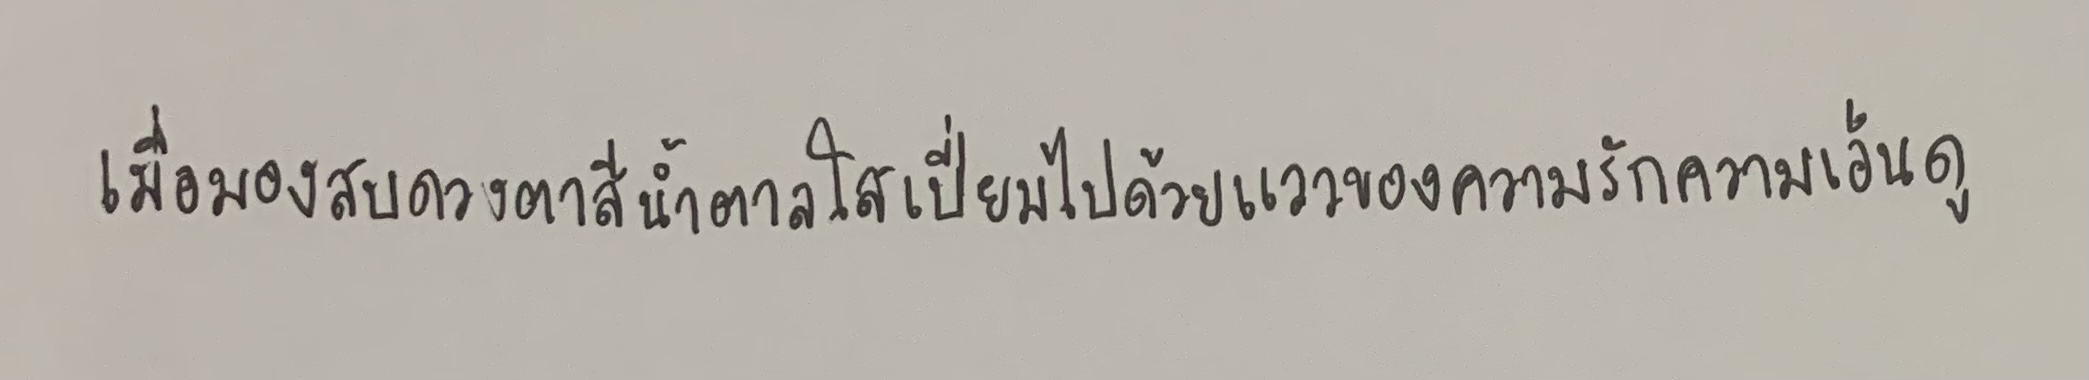
เมื่อมองสบดวงตาสีน้ำตาลใสเปี่ยมไปด้วยแววของความรักความเอ็นดู